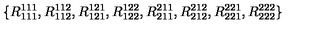
\{ R _ { 1 1 1 } ^ { 1 1 1 } , R _ { 1 1 2 } ^ { 1 1 2 } , R _ { 1 2 1 } ^ { 1 2 1 } , R _ { 1 2 2 } ^ { 1 2 2 } , R _ { 2 1 1 } ^ { 2 1 1 } , R _ { 2 1 2 } ^ { 2 1 2 } , R _ { 2 2 1 } ^ { 2 2 1 } , R _ { 2 2 2 } ^ { 2 2 2 } \}